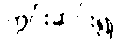
ကွင်းဆင်း၍